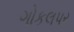
ગોકલપર